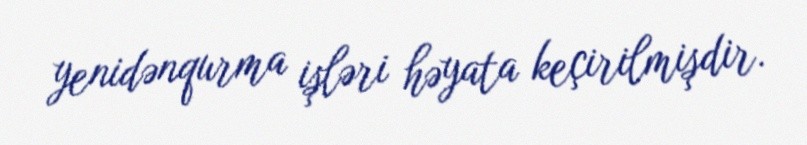
yenidənqurma işləri həyata keçirilmişdir.